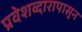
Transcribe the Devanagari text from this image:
प्रवेशव्दारापासून